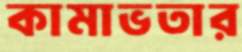
কামাভতার